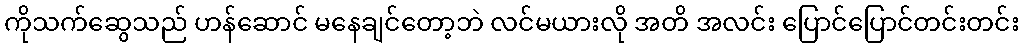
ကိုသက်ဆွေသည် ဟန်ဆောင် မနေချင်တော့ဘဲ လင်မယားလို အတိ အလင်း ပြောင်ပြောင်တင်းတင်း